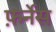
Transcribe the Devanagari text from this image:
फ़र्नेस